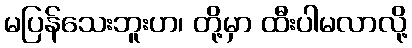
မပြန်သေးဘူးဟ၊ တို့မှာ ထီးပါမလာလို့